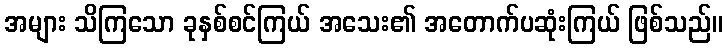
အများ သိကြသော ခုနှစ်စင်ကြယ် အသေး၏ အတောက်ပဆုံးကြယ် ဖြစ်သည်။